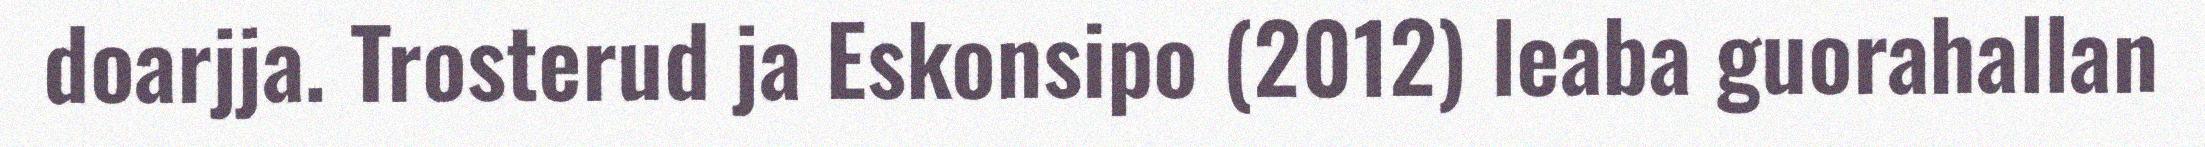
doarjja. Trosterud ja Eskonsipo (2012) leaba guorahallan